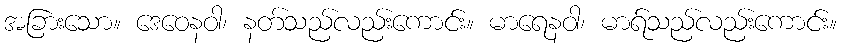
အခြားသော။ ဒေဝေနဝါ၊ နတ်သည်လည်းကောင်း။ မာရေနဝါ၊ မာရ်သည်လည်းကောင်း။